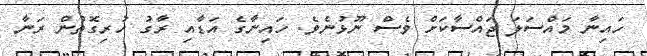
ހައިނާ މައްސަލަ ޖައްސާކަށް ވެސް ނޫޅުނެވެ. ހައިނާގެ އަޑާއި ރާގު ހުރިގޮތުން ރަނާ